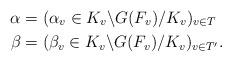
LaTeX: \begin{align*}\alpha &= (\alpha_v \in K_v \backslash G(F_v) / K_v )_{v \in T} \\\beta &= (\beta_v \in K_v \backslash G(F_v) / K_v)_{v \in T'}.\end{align*}